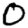
Digit: 0